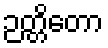
ဉတ္တိတော